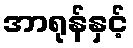
အာရုန်နှင့်